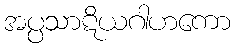
အပ္ပသာဋိယဂါဟကော